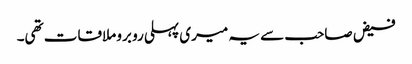
فیض صاحب سے یہ میری پہلی رو برو ملاقات تھی۔